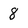
Character: 8